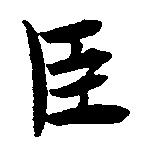
臣